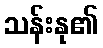
သန်းနု၏